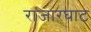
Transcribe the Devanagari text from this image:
राजारघाट